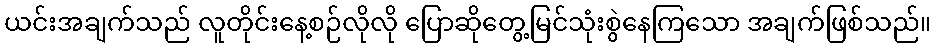
ယင်းအချက်သည် လူတိုင်းနေ့စဉ်လိုလို ပြောဆိုတွေ့မြင်သုံးစွဲနေကြသော အချက်ဖြစ်သည်။